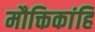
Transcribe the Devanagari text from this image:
मौक्तिकांहि